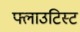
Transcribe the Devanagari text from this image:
फ्लाउटिस्ट